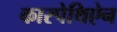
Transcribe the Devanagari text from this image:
कारपेथिऐन